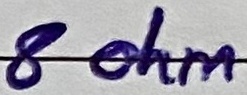
Text: 8 ohm